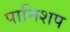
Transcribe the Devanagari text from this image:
पानिशप